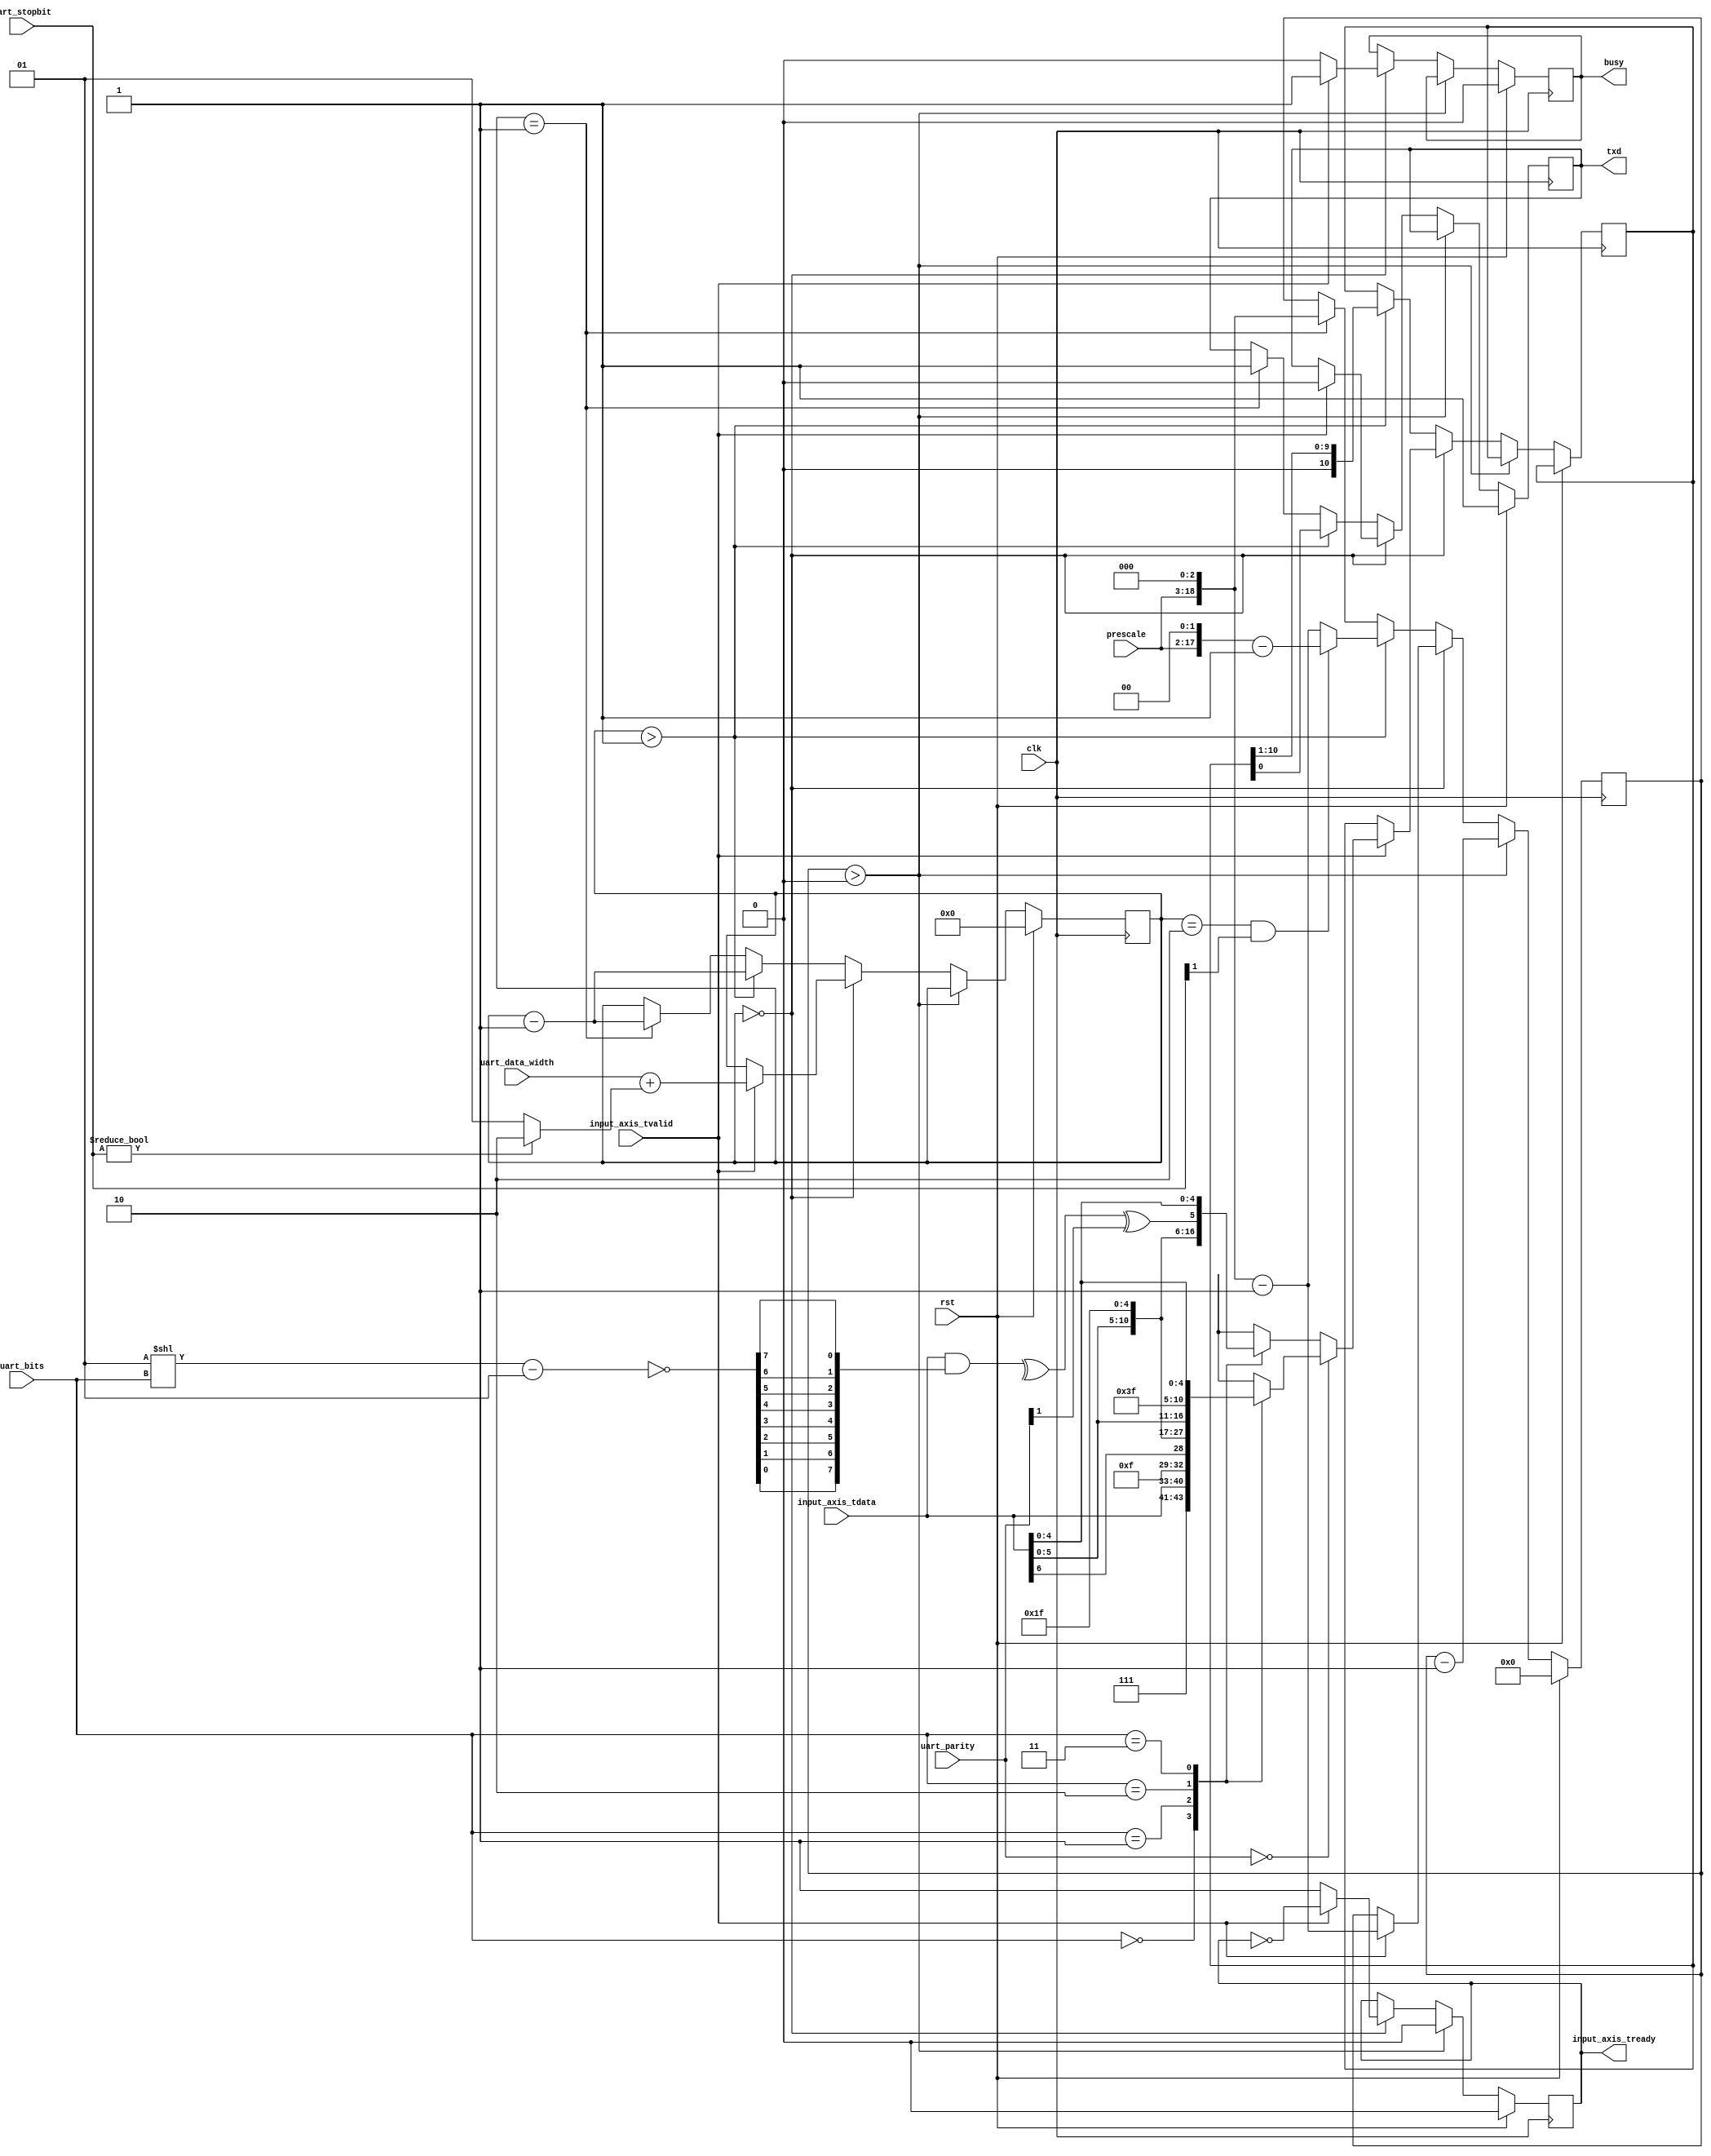
module uart_tx #
(
    parameter DATA_WIDTH = 8
)
(
    input  wire                   clk,
    input  wire                   rst,

    /*
     * AXI input
     */
    input  wire [DATA_WIDTH-1:0]  input_axis_tdata,
    input  wire                   input_axis_tvalid,
    output wire                   input_axis_tready,

    /*
     * UART interface
     */
    output wire                   txd,

    /*
     * Status
     */
    output wire                   busy,

    /*
     * Configuration
     */
    input  wire [3:0]            uart_data_width,
    input  wire [1:0]            uart_bits,
    input  wire [1:0]            uart_parity,
	input  wire [1:0]            uart_stopbit,
    input  wire [15:0]            prescale
);

reg input_axis_tready_reg = 0;

reg txd_reg = 1;

reg busy_reg = 0;

reg [DATA_WIDTH+2:0] data_reg = 0;
reg [18:0] prescale_reg = 0;
reg [3:0] bit_cnt = 0;

assign input_axis_tready = input_axis_tready_reg;
assign txd = txd_reg;

assign busy = busy_reg;

genvar idx;
wire parity;
wire [DATA_WIDTH-1:0] bitmask_parity;
wire [DATA_WIDTH-1:0] bitmask_parity_reversed;
assign bitmask_parity = ~((1<<uart_bits) - 1);
generate
    for(idx = 0; idx < DATA_WIDTH; idx = idx + 1) begin : PROCESS_REVERSE_BITS
        assign bitmask_parity_reversed[idx] = bitmask_parity[DATA_WIDTH-idx-1];
    end
endgenerate
assign parity = (^(input_axis_tdata & bitmask_parity_reversed)) ^ uart_parity[1];

always @(posedge clk) begin
    if (rst) begin
        input_axis_tready_reg <= 0;
        txd_reg <= 1;
        prescale_reg <= 0;
        bit_cnt <= 0;
        busy_reg <= 0;
    end else begin
        if (prescale_reg > 0) begin
            input_axis_tready_reg <= 0;
            prescale_reg <= prescale_reg - 1;
        end else if (bit_cnt == 0) begin
            input_axis_tready_reg <= 1;
            busy_reg <= 0;

            if (input_axis_tvalid) begin
                input_axis_tready_reg <= ~input_axis_tready_reg;
                prescale_reg <= (prescale << 3)-1;
                bit_cnt <= uart_data_width+(uart_stopbit?2:1);
				if(uart_parity == 2'b00)
				case(uart_bits)
					2'b00: data_reg <= {3'b111, input_axis_tdata};
					2'b01: data_reg <= {4'b1111, input_axis_tdata[DATA_WIDTH-2:0]};
					2'b10: data_reg <= {5'b11111, input_axis_tdata[DATA_WIDTH-3:0]};
					2'b11: data_reg <= {6'b111111, input_axis_tdata[DATA_WIDTH-4:0]};
				endcase
				else
				case(uart_bits)
					2'b00: data_reg <= {2'b11, parity, input_axis_tdata};
					2'b01: data_reg <= {3'b111, parity, input_axis_tdata[DATA_WIDTH-2:0]};
					2'b10: data_reg <= {4'b1111, parity, input_axis_tdata[DATA_WIDTH-3:0]};
					2'b11: data_reg <= {5'b11111, parity, input_axis_tdata[DATA_WIDTH-4:0]};
				endcase
                //data_reg <= {2'b11, parity, input_axis_tdata};
                txd_reg <= 0;
                busy_reg <= 1;
            end
        end else begin
            if (bit_cnt > 1) begin
                bit_cnt <= bit_cnt - 1;
                if (bit_cnt == 2 && uart_stopbit[1] == 1'b1) prescale_reg <= (prescale << 2)-1;
				else prescale_reg <= (prescale << 3)-1;
                {data_reg, txd_reg} <= {1'b0, data_reg};
            end else if (bit_cnt == 1) begin
                bit_cnt <= bit_cnt - 1;
                prescale_reg <= (prescale << 3);
                txd_reg <= 1;
            end
        end
    end
end

endmodule